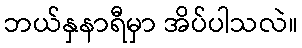
ဘယ်နှနာရီမှာ အိပ်ပါသလဲ။